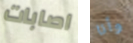
اصابات وأنا